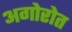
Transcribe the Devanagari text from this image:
अगोरोत